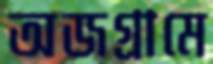
অজগ্রামে